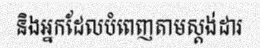
និងអ្នកដែលបំពេញតាមស្តង់ដារ